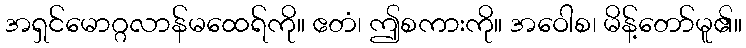
အရှင်မောဂ္ဂလာန်မထေရ်ကို။ ဧတံ၊ ဤစကားကို။ အဝေါစ၊ မိန့်တော်မူ၏။